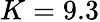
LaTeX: K=9.3